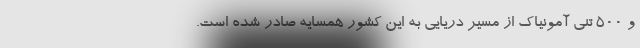
و 500 تنی آمونیاک از مسیر دریایی به این کشور همسایه صادر شده است.